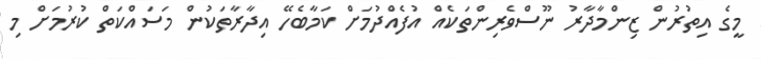
މީގެ އިތުރުން ޒިންމާދާރު ނޫސްވެރިންތަކެއް އުފެއްދުމަށް ކަމާބެހޭ އިދާރާތަކުން މަސައްކަތް ކުރުމަށް މި